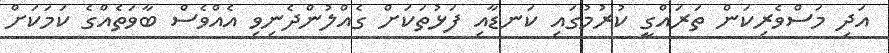
އަދި މަސްވެރިކަން ތަރައްގީ ކުރުމުގައި ކަނޑާއި ފަޅުތަކަށް ގެއްލުންދެނިވި އެއްވެސް ބާވަތެއްގެ ކަމަކަށް